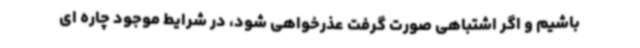
باشیم و اگر اشتباهی صورت گرفت عذرخواهی شود، در شرایط موجود چاره ای